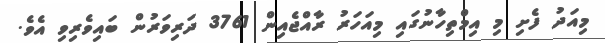
މިއަދު ފެށި މި އިމްތިހާނުގައި މިއަހަރު ރާއްޖެއިން 3761 ދަރިވަރުން ބައިވެރިވި އެވެ.